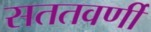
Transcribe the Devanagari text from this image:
सततवर्णी